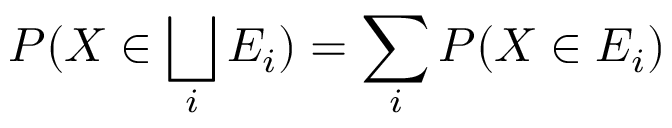
P ( X \in \bigsqcup _ { i } E _ { i } ) = \sum _ { i } P ( X \in E _ { i } )